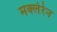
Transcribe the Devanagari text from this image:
मक्लेरेन